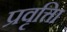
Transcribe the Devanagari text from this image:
प्रवृत्तिा